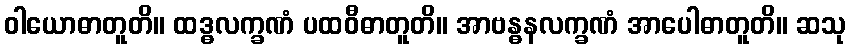
ဝါယောဓာတူတိ။ ထဒ္ဓလက္ခဏံ ပထဝီဓာတူတိ။ အာဗန္ဓနလက္ခဏံ အာပေါဓာတူတိ။ ဆသု